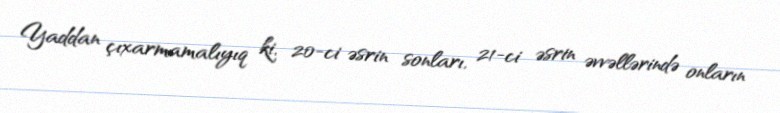
Yaddan çıxarmamalıyıq ki, 20-ci əsrin sonları, 21-ci əsrin əvvəllərində onların